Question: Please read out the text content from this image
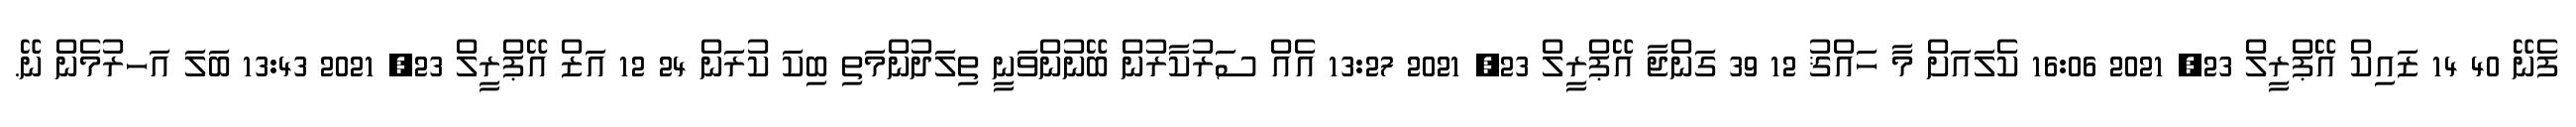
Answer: ފެނޭ 40 14 ޒައިކް އޭޕްރީލް 23, 2021 16:06 ކެލައަށް މާ ހައްޤު 12 39 ގަންޖާ އޭޕްރީލް 23, 2021 13:27 އެއް ސަރުކާރުން ބޭނުންވަނީ ތިލަދުންމަތި ބިކަ ކުރަން 24 12 އަޒް އޭޕްރީލް 23, 2021 13:43 ބަލަ އަހރުމެން ނޭ.